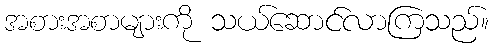
အစားအစာများကို သယ်ဆောင်လာကြသည်။